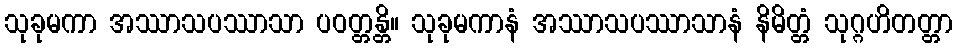
သုခုမကာ အဿာသပဿာသာ ပဝတ္တန္တိ။ သုခုမကာနံ အဿာသပဿာသာနံ နိမိတ္တံ သုဂ္ဂဟိတတ္တာ